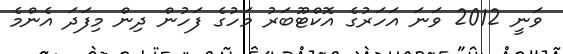
ވަނީ 2012 ވަނަ އަހަރުގެ އޮކްޓޫބަރު މަހުގެ ފަހުން ދިން މިފަދަ އެންމެ